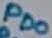
Text: PD0